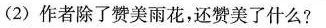
(2)作者除了赞美雨花，还赞美了什么?